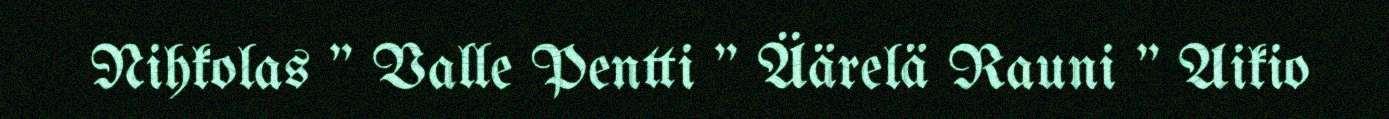
Nihkolas " Valle Pentti " Äärelä Rauni " Aikio